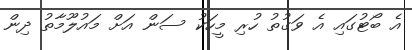
އެ ބޯޓުގައި އެ ވަގުތު ހުރި މީހަކު ސަން އަށް މައުލޫމާތު ދިން